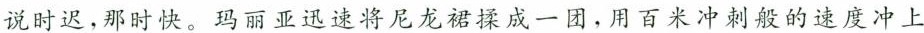
说时迟，那时快。玛丽亚迅速将尼龙裙揉成一团，用百米冲刺般的速度冲上